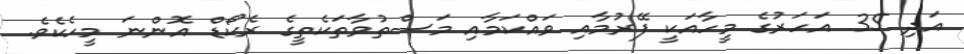
އަދި 35 އަހަރުގެ މީހާއަކީ ފޭރުމާއި ވައްކަމާއި މަސްތުވާތަކެތީގެ ރެކޯޑް އޮންނަ މީހެކެވެ.